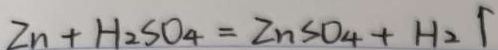
Z n + H _ { 2 } S O _ { 4 } = Z n S O _ { 4 } + H _ { 2 } \uparrow